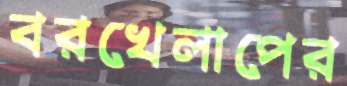
বরখেলাপের